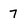
Character: 7